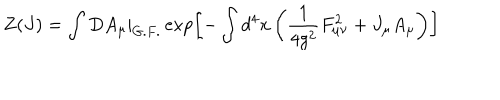
Z ( J ) = \int D A _ { \mu } | _ { G . F . } \exp \left[ - \int d ^ { 4 } x \left( \frac { 1 } { 4 g ^ { 2 } } F _ { \mu \nu } ^ { 2 } + J _ { \mu } A _ { \mu } \right) \right]